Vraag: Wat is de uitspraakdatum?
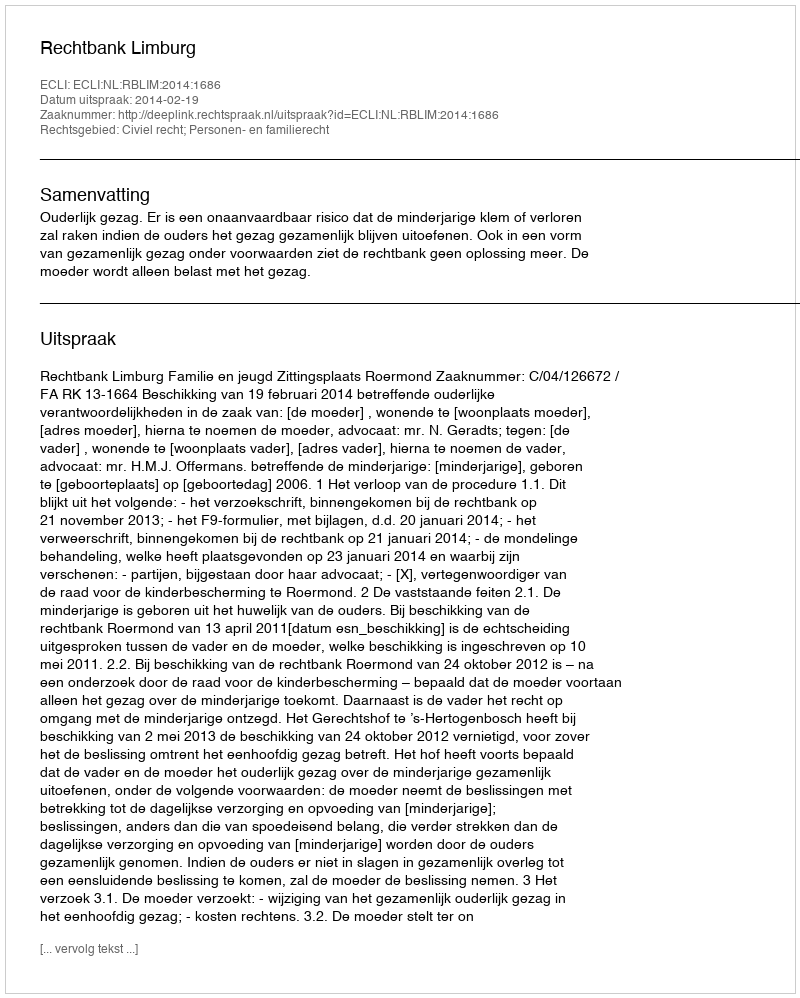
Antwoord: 2014-02-19